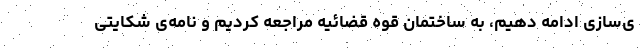
ی‌سازی ادامه دهیم، به ساختمان قوه قضائیه مراجعه کردیم و نامه‌ی شکایتی